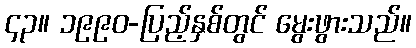
၄၃။ ၁၉၉၀-ပြည့်နှစ်တွင် မွေးဖွားသည်။